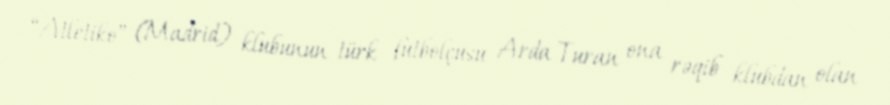
“Atletiko” (Madrid) klubunun türk futbolçusu Arda Turan ona rəqib klubdan olan